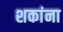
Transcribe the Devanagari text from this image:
शकांना